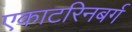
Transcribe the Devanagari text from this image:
एकाटरिनबर्ग